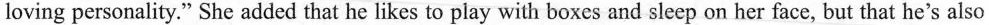
loving personality."She added that he likes to play with boxes and sleep on her face, but that he's also